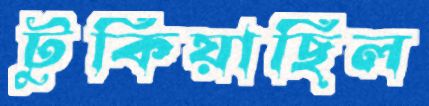
টুকিয়াছিল